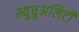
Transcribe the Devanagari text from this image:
म्युचुअलिटी